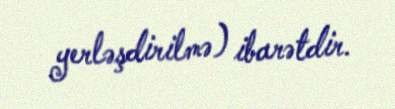
yerləşdirilmə) ibarətdir.